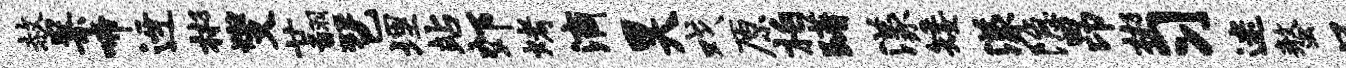
赦案啼迓彬燮廿翻琶埋站郊烤滴昊戏原柏躇漾矮漾隐昂彬习迷螯吴